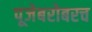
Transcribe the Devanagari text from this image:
पूजेबरोबरच